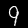
Digit: 9